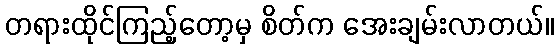
တရားထိုင်ကြည့်တော့မှ စိတ်က အေးချမ်းလာတယ်။